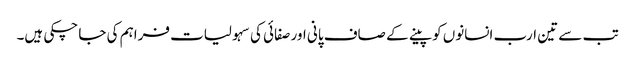
تب سے تین ارب انسانوں کو پینے کے صاف پانی اور صفائی کی سہولیات فراہم کی جا چکی ہیں۔